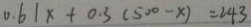
0 . 6 1 x + 0 . 3 ( 5 0 0 - x ) = 2 4 3